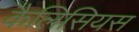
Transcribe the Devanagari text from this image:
कैलिसियस